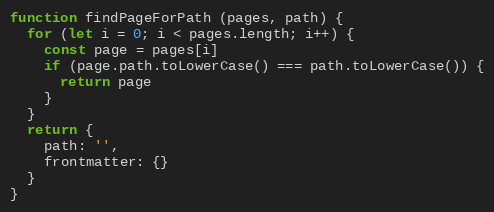
Language: JavaScript
function findPageForPath (pages, path) {
  for (let i = 0; i < pages.length; i++) {
    const page = pages[i]
    if (page.path.toLowerCase() === path.toLowerCase()) {
      return page
    }
  }
  return {
    path: '',
    frontmatter: {}
  }
}